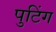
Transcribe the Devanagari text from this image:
पुटिंग